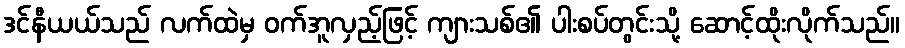
ဒင်နီယယ်သည် လက်ထဲမှ ဝက်အူလှည့်ဖြင့် ကျားသစ်၏ ပါးစပ်တွင်းသို့ ဆောင့်ထိုးလိုက်သည်။